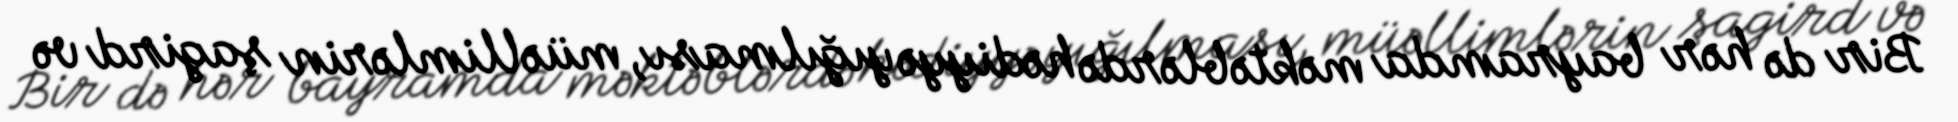
Bir də hər bayramda məktəblərdə hədiyyə yığılması, müəllimlərin şagird və